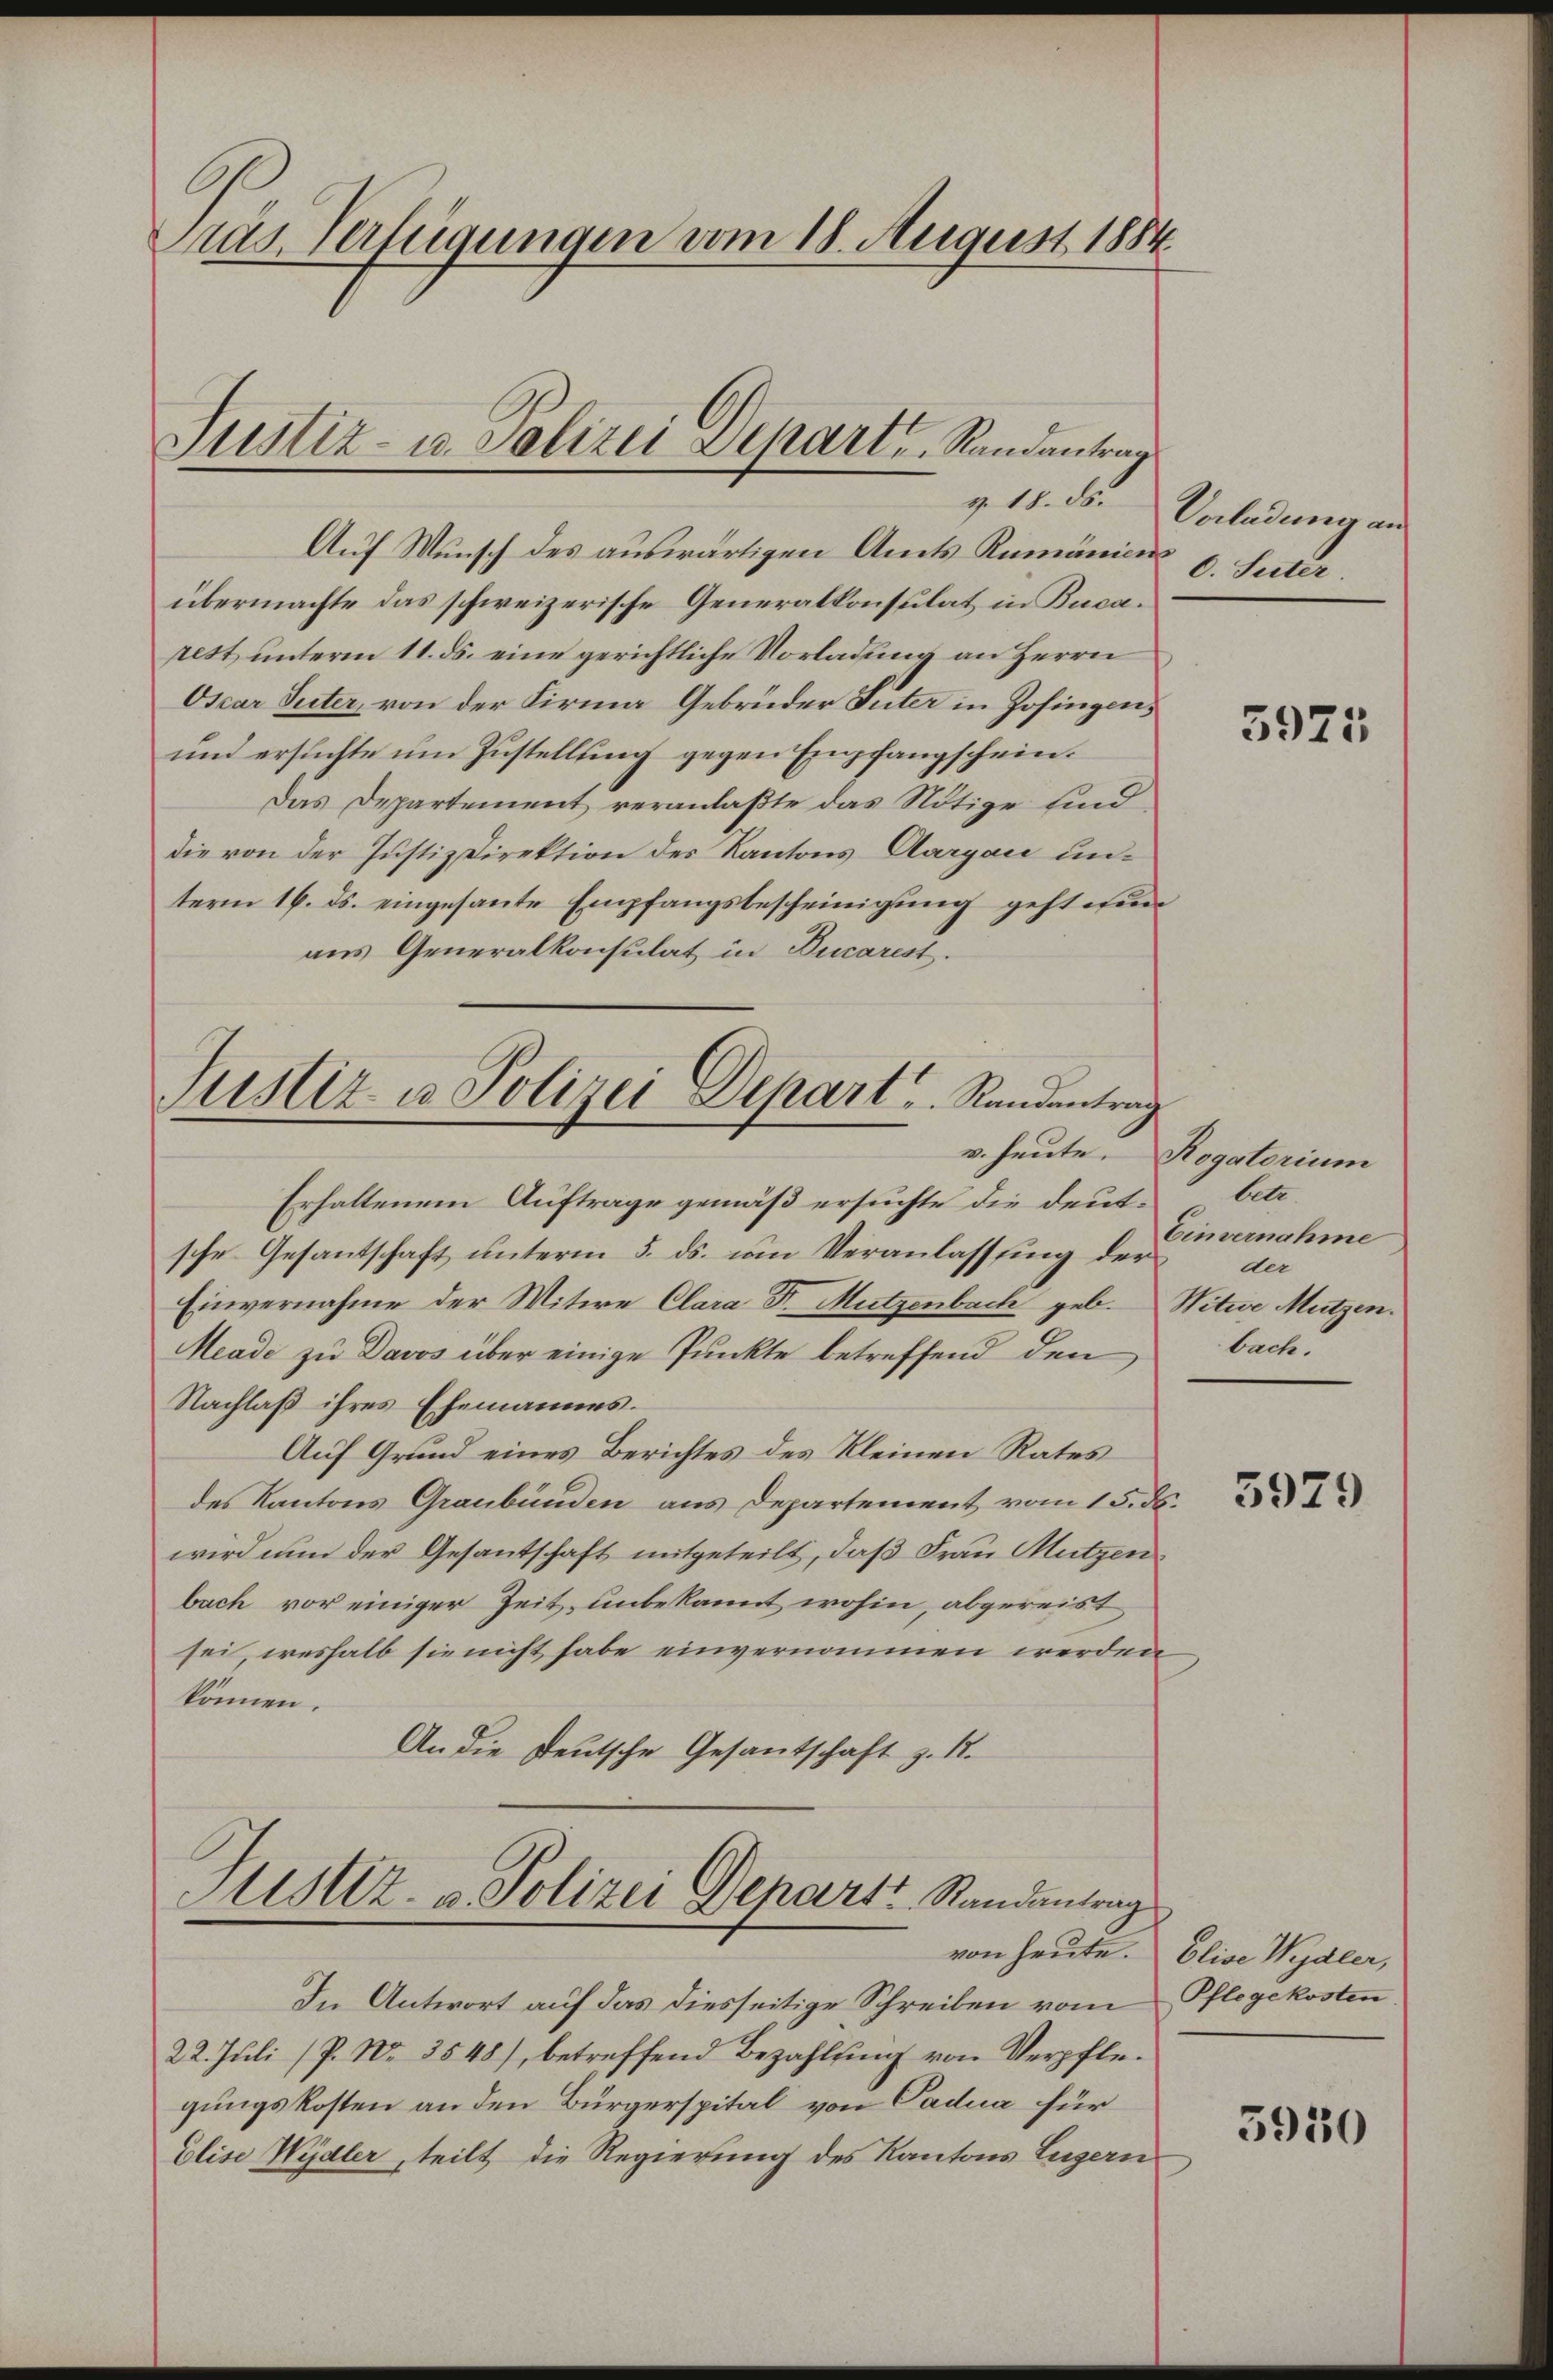
Das Verfügungen vom 18. August 1884

Auf Wunsch des auswärtigen Amts Rumänicus
übermachte das schweizerische Generalkonsulat in Bucarest unterm 11. ds. eine gerichtliche Vorladung an Herrn
Oscar Seiter, von der Firma Gebrüder Suter in Zofingens
und ersuchte um Zustellung gegen Empfangschein.
Das Departement veranlaßte das Nötige sind
die von der Justiz Direktion des Kantons Aargau unterm 16. ds. eingesante Empfangsbescheinigung gestehen
ans Generalkonsulat in Ducarist.

Justiz- u. Polizei Depart, Randantrag

Justiz u. Polizei Depart. Randantrag
v. heute.

Erhaltenem Auftrage gemäß ersuchte die deut- betr.
sche Gesantschaft unterm 5. ds. um Veranlassung der
Einvernahme der Witwe Clara Dr. Mützenbach geb. Witwe Mützen.
Meade zu Davos über einige Punkte betreffend den
Nachlaß ihres Ehemannes.
Auf Grund eines Berichtes des Kleinen Rates
des Kantons Graubünden aus Departement vom 15. ds.
wird nun der Gesantschaft mitgeteilt, daß Frau Mutzen
bach vor einiger Zeit unbekannt wohin, abgereist
sei, weshalb sie nicht habe einvernommen werden,
können.
An die Deutsche Gesantschaft z. 1.

Justiz- u. Polizei Depart Randantrag

v. 18. ds. Vorladen an
c. Suter

In Antwort auf das diesseitige Schreiben vom Pflegekosten
22. Juli (P. Nr. 3548), betreffend Bezahlung von Verpflegungskosten an den Bürgerspital von Padua für
Elise Wydler, teilt die Regierung des Kantons Luzern

5975

Rogatorium
Einvernahme
der
bach.

3979

von heute. Elise Wydler,

5930